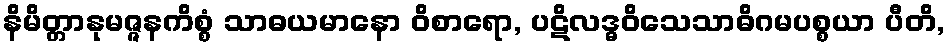
နိမိတ္တာနုမဇ္ဇနကိစ္စံ သာဓယမာနော ဝိစာရော, ပဋိလဒ္ဓဝိသေသာဓိဂမပစ္စယာ ပီတိ,